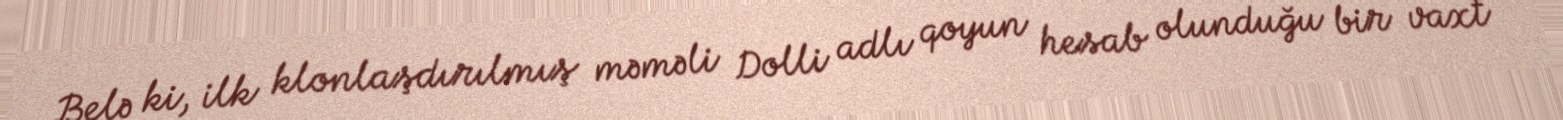
Belə ki, ilk klonlaşdırılmış məməli Dolli adlı qoyun hesab olunduğu bir vaxt